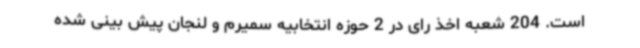
است. 204 شعبه اخذ رای در 2 حوزه انتخابیه سمیرم و لنجان پیش بینی شده